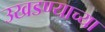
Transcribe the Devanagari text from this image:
उखडण्याच्या